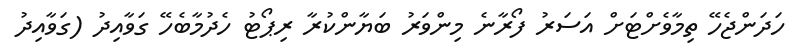
ހަދަންޖެހޭ ތިމާވެށްޓަށް އަސަރު ފޯރާނެ މިންވަރު ބަޔާންކުރާ ރިޕޯޓު ހެދުމާބެހޭ ގަވާއިދު (ގަވާއިދު